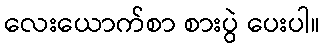
လေးယောက်စာ စားပွဲ ပေးပါ။